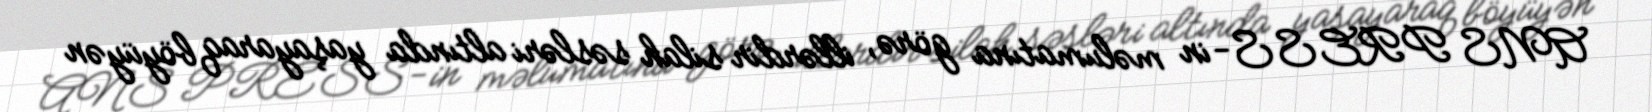
ANS PRESS-in məlumatına görə, illərdir silah səsləri altında yaşayaraq böyüyən